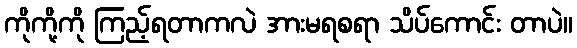
ကိုကို့ကို ကြည့်ရတာကလဲ အားမရစရာ သိပ်ကောင်း တာပဲ။